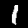
Label: 1